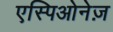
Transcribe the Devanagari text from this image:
एस्पिओनेज़